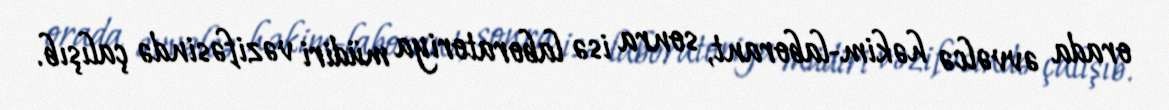
orada əvvəlcə həkim-laborant, sonra isə laboratoriya müdiri vəzifəsində çalışıb.